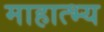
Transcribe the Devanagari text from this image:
माहात्भ्य